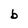
Character: b